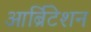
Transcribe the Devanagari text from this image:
आर्ब्रिटेशन